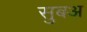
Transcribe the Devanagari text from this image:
सुबअ